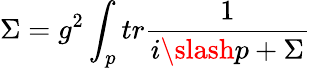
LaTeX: \Sigma=g^{2}\int_{p}tr\frac{1}{i\slash p+\Sigma}